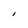
Character: l